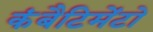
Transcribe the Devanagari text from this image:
कंबैटिमेंटो